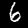
Digit: 6